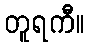
တူရကီ။